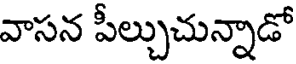
వాసన పీల్చుచున్నాడో